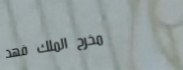
مخرج الملك فهد